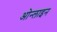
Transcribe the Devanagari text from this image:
ओन्लाइन